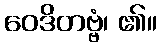
ဝေဒိတဗ္ဗံ၊ ၏။